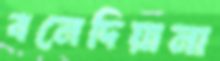
বনেদিয়ানা